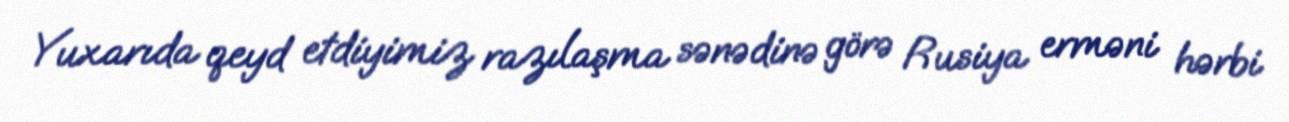
Yuxarıda qeyd etdiyimiz razılaşma sənədinə görə Rusiya erməni hərbi